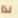
لذا